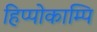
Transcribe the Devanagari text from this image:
हिप्पोकाम्पि